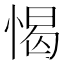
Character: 愒